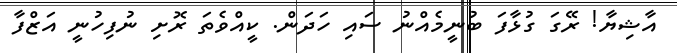
އާޝިޔާ! ރޭގަ ގުޅާފަ ބުނީމެއްނު ސައި ހަދަން. ކީއްވެތަ ރޮށި ނުފިހުނީ އަޒްފާ